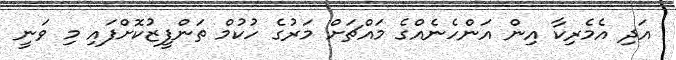
އަދި އެމެރިކާ އިން އަންހެނެއްގެ މައްޗަށް މަރުގެ ހުކުމް ތަންފީޒުކޮށްފައި މި ވަނީ